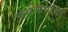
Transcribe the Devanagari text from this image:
चर्मरोगांवर